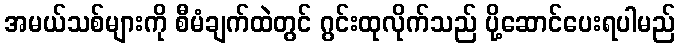
အမယ်သစ်များကို စီမံချက်ထဲတွင် ဂွင်းထုလိုက်သည် ပို့ဆောင်ပေးရပါမည်